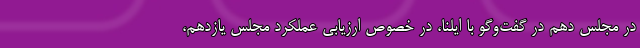
در مجلس دهم در گفت‌و‌گو با ایلنا، در خصوص ارزیابی عملکرد مجلس یازدهم،